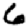
Digit: 6